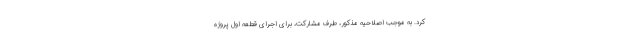
کرد. به موجب اصلاحیه مذکور، طرف مشارکت، برای اجرای قطعه اول پروژه